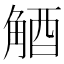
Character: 𧣮